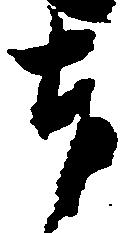
奉